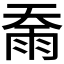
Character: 𮦇